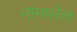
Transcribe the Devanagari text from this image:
नॉनपरेल